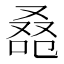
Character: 𠭚